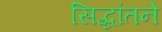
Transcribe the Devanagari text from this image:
सिद्धांतने